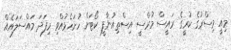
މިއީ މިސްރުގެ ކުރީގެ ރައީސް މުރްސީ އިސްތިއުނާފީ ކޯޓަށް ހުށަހެޅުއްވި މިފަދަ މައްސަލައެއް